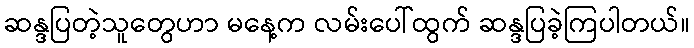
ဆန္ဒပြတဲ့သူတွေဟာ မနေ့က လမ်းပေါ်ထွက် ဆန္ဒပြခဲ့ကြပါတယ်။